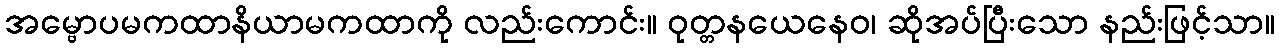
အမ္ဗောပမကထာနိယာမကထာကို လည်းကောင်း။ ဝုတ္တနယေနေဝ၊ ဆိုအပ်ပြီးသော နည်းဖြင့်သာ။